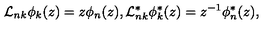
{ \cal L } _ { n k } \phi _ { k } ( z ) = z \phi _ { n } ( z ) , { \cal L } _ { n k } ^ { * } \phi _ { k } ^ { * } ( z ) = z ^ { - 1 } \phi _ { n } ^ { * } ( z ) ,